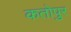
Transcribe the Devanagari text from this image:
कतोपुर